Punjab Mental Hospital Lahore 1922-31 - 1922-1931
Year: 1922
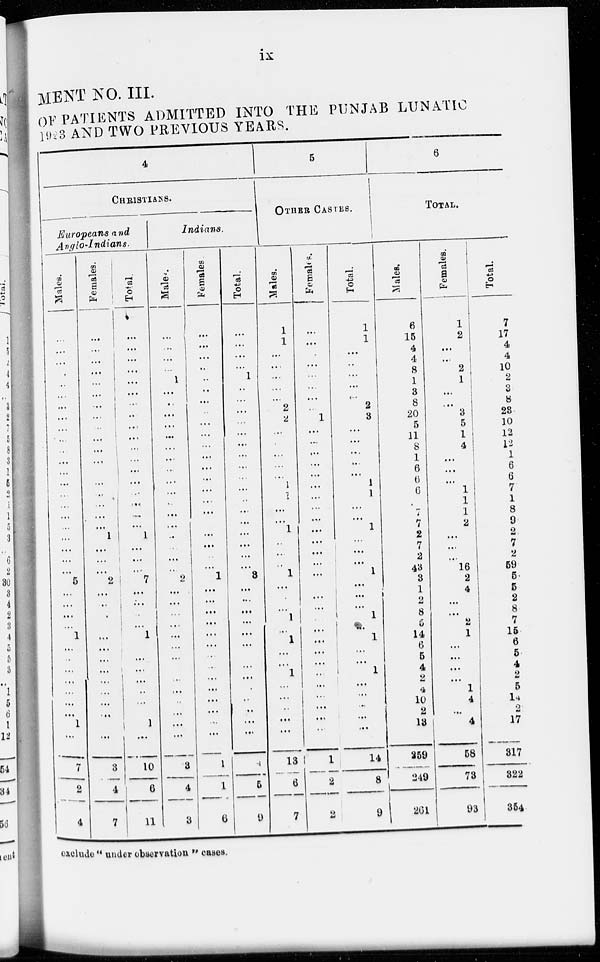
ix
MENT NO. III.
OF PATIENTS ADMITTED INTO THE PUNJAB LUNATIC
1923 AND TWO PREVIOUS YEARS.
4
CHRISTIANS.
Europeans and
Anglo-Indians.
Males.
...
...
...
.
...
...
...
...
...
...
...
...
...
...
...
...
...
...
...
...
...
...
5
...
...
...
...
1
...
..
...
...
...
...
...
1
...
7
2
4
Females.
...
...
...
...
...
...
...
...
...
...
...
...
...
...
...
...
...
1
...
...
...
2
...
...
.
...
...
...
...
...
...
...
...
...
...
3
4
7
Total.
...
...
...
...
...
...
...
...
...
...
...
...
...
...
...
...
...
...
1
...
...
...
7
...
...
...
...
1
...
...
...
..
...
1
...
10
6
11
Indians.
Male.
...
...
...
...
1
...
..
...
...
...
...
...
...
...
...
..
...
...
...
...
...
...
2
...
...
...
...
...
...
...
...
...
...
...
...
...
...
3
4
3
Females.
...
...
...
...
...
...
...
...
...
...
...
...
...
...
...
...
...
...
...
...
...
1
...
...
...
...
...
...
...
...
...
...
...
...
...
...
1
1
6
Total.
...
...
...
...
1
..
...
...
...
...
...
...
...
...
...
...
...
...
...
...
...
...
3
...
...
...
...
...
...
...
...
...
.
...
...
...
...
4
5
9
5
OTHER CASTES.
Males.
1
1
...
...
...
...
...
2
2
...
.
...
...
...
1
1
...
...
1
...
...
..
1
...
...
...
1
...
1
...
...
1
...
...
...
...
...
13
6
7
Females.
...
...
...
...
...
...
...
...
1
...
...
...
...
...
...
...
...
...
...
...
...
...
...
...
...
...
...
...
...
...
...
...
...
...
...
...
...
1
2
2
Total.
1
1
...
..
...
...
...
2
3
...
...
...
...
...
1
1
...
...
1
...
...
...
1
...
...
...
1
...
1
...
...
1
...
...
...
...
...
14
8
9
6
TOTAL.
Males.
6
15
4
4
8
1
3
8
20
5
11
8
1
6
6
6
7
7
2
7
3
43
3
1
2
8
5
14
6
5
4
2
4
10
2
13
259
249
261
Females.
1
2
...
...
2
1
...
...
3
5
1
4
...
...
...
1
1
1
2
...
...
...
16
2
4
...
...
2
1
...
...
...
...
1
4
...
4
58
73
93
Total.
7
17
4
4
10
2
3
8
23
10
12
12
1
6
6
7
1
8
9
2
7
2
59
5
5
2
8
7
15
6
5
4
2
5
14
2
17
317
322
354
exclude " under observation " cases.